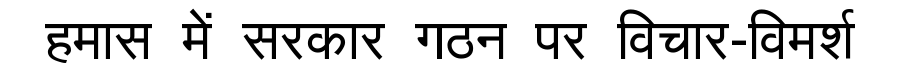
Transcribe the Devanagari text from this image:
हमास में सरकार गठन पर विचार-विमर्श